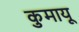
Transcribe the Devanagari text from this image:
कुमायू